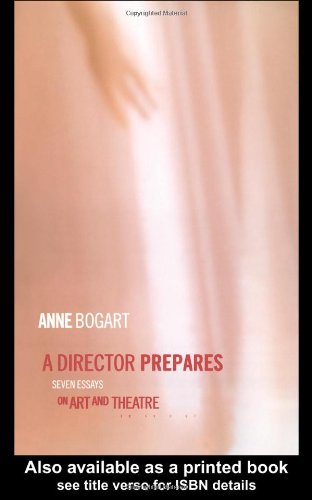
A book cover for A Director Prepares: Seven Essays on Art and Theatre; Anne Bogart; Humor & Entertainment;